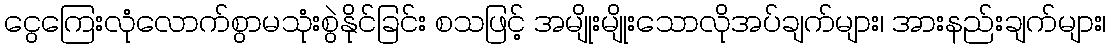
ငွေကြေးလုံလောက်စွာမသုံးစွဲနိုင်ခြင်း စသဖြင့် အမျိုးမျိုးသောလိုအပ်ချက်များ၊ အားနည်းချက်များ၊